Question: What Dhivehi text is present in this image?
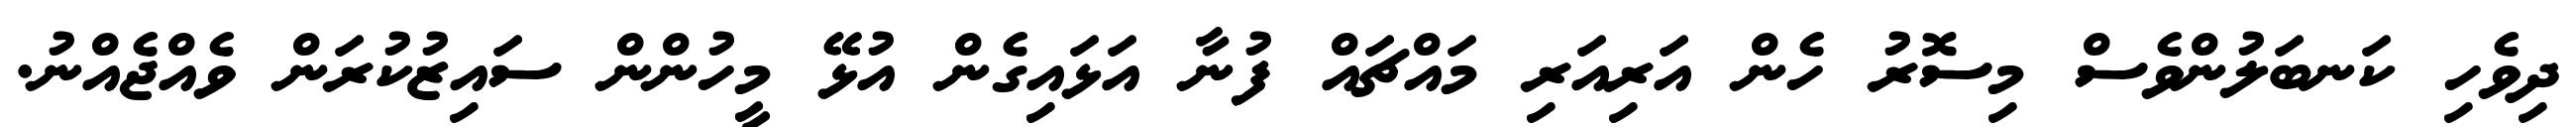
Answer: ދިވެހި ކަނބަލުންވެސް މިސޮރު ހެން އަރިއަރި މައްޗައް ފުނާ އަޅައިގެން އުޅޭ މީހުންން ސައިޒުކުރަން ވެއްޖެއްނު.